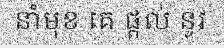
នាំមុខ គេ ផ្តល់ នូវ